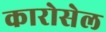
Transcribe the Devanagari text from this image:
कारोसेल